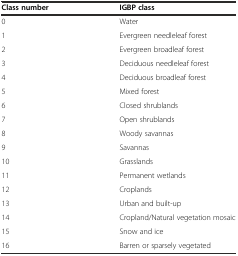
| Class number | IGBP class |
 | --- | --- |
 | 0 | Water |
 | 1 | Evergreen needleleaf forest |
 | 2 | Evergreen broadleaf forest |
 | 3 | Deciduous needleleaf forest |
 | 4 | Deciduous broadleaf forest |
 | 5 | Mixed forest |
 | 6 | Closed shrublands |
 | 7 | Open shrublands |
 | 8 | Woody savannas |
 | 9 | Savannas |
 | 10 | Grasslands |
 | 11 | Permanent wetlands |
 | 12 | Croplands |
 | 13 | Urban and built-up |
 | 14 | Cropland/Natural vegetation mosaic |
 | 15 | Snow and ice |
 | 16 | Barren or sparsely vegetated |